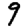
Digit: 9